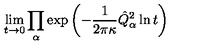
\lim _ { t \rightarrow 0 } \prod _ { \alpha } \exp \left( - \frac { 1 } { 2 \pi \kappa } \hat { Q } _ { \alpha } ^ { 2 } \ln t \right)